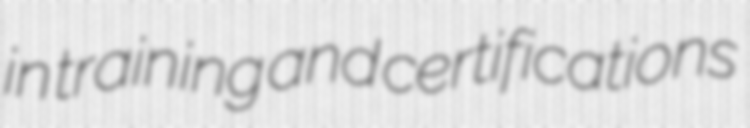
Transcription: in training and certifications